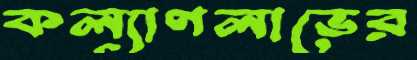
কল্যাণলাভের